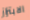
الابتزاز